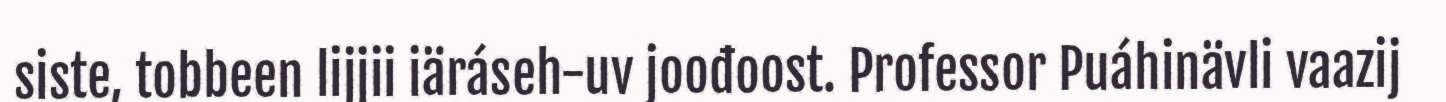
siste, tobbeen lijjii iäráseh-uv joođoost. Professor Puáhinävli vaazij